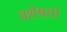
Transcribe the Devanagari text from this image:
वशेषता